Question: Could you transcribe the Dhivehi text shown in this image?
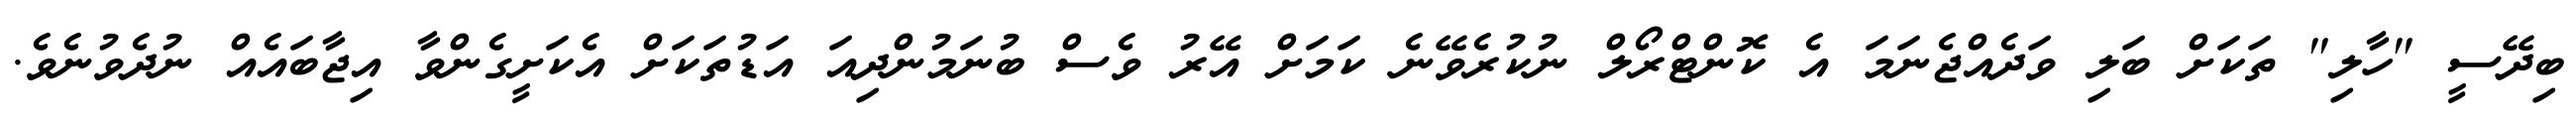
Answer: ބިދޭސީ "ހާލި" ތަކަށް ބަލި ވަދެއްޖެނަމަ އެ ކޮންޓްރޯލް ނުކުރެވޭނެ ކަމަށް އޭރު ވެސް ބުނަމުންދިއަ އަޑުތަކަށް އެކަށީގެންވާ އިޖާބައެއް ނުދެވުނެވެ.